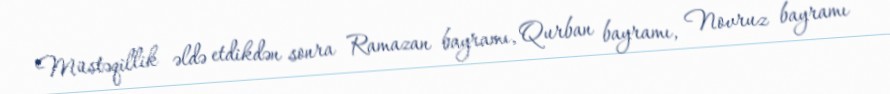
Müstəqillik əldə etdikdən sonra Ramazan bayramı, Qurban bayramı, Novruz bayramı